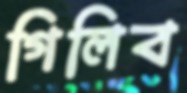
গিলিব